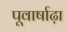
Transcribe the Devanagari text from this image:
पूवार्षाढ़ा